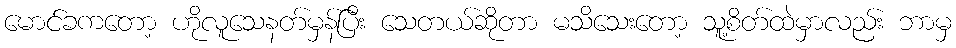
မောင်ခကတော့ ဟိုလူသေနတ်မှန်ပြီး သေတယ်ဆိုတာ မသိသေးတော့ သူ့စိတ်ထဲမှာလည်း ဘာမှ